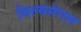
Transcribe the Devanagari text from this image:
विल्वमंगल